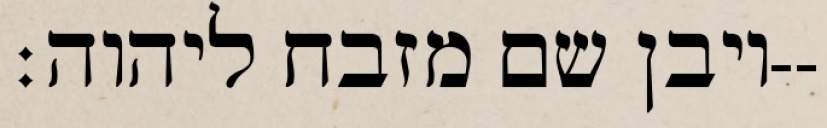
ויבן שם מזבח ליהוה׃--